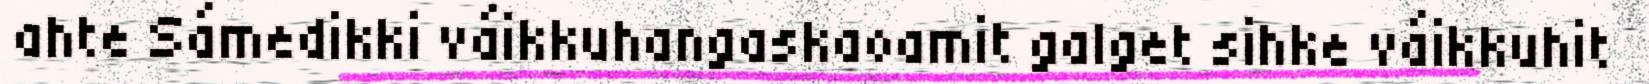
ahte Sámedikki váikkuhangaskaoamit galget sihke váikkuhit